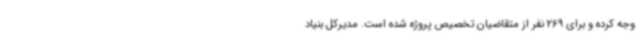
وجه کرده و برای 269 نفر از متقاضیان تخصیص پروژه شده است. مدیرکل بنیاد